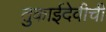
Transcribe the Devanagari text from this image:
तुकाईदेवीची